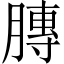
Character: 膞